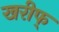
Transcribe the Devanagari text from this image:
खरीफ्